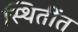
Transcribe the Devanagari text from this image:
स्थितींत